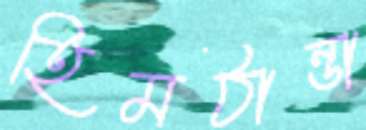
হিমঠান্ডা